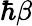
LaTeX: \hbar\beta